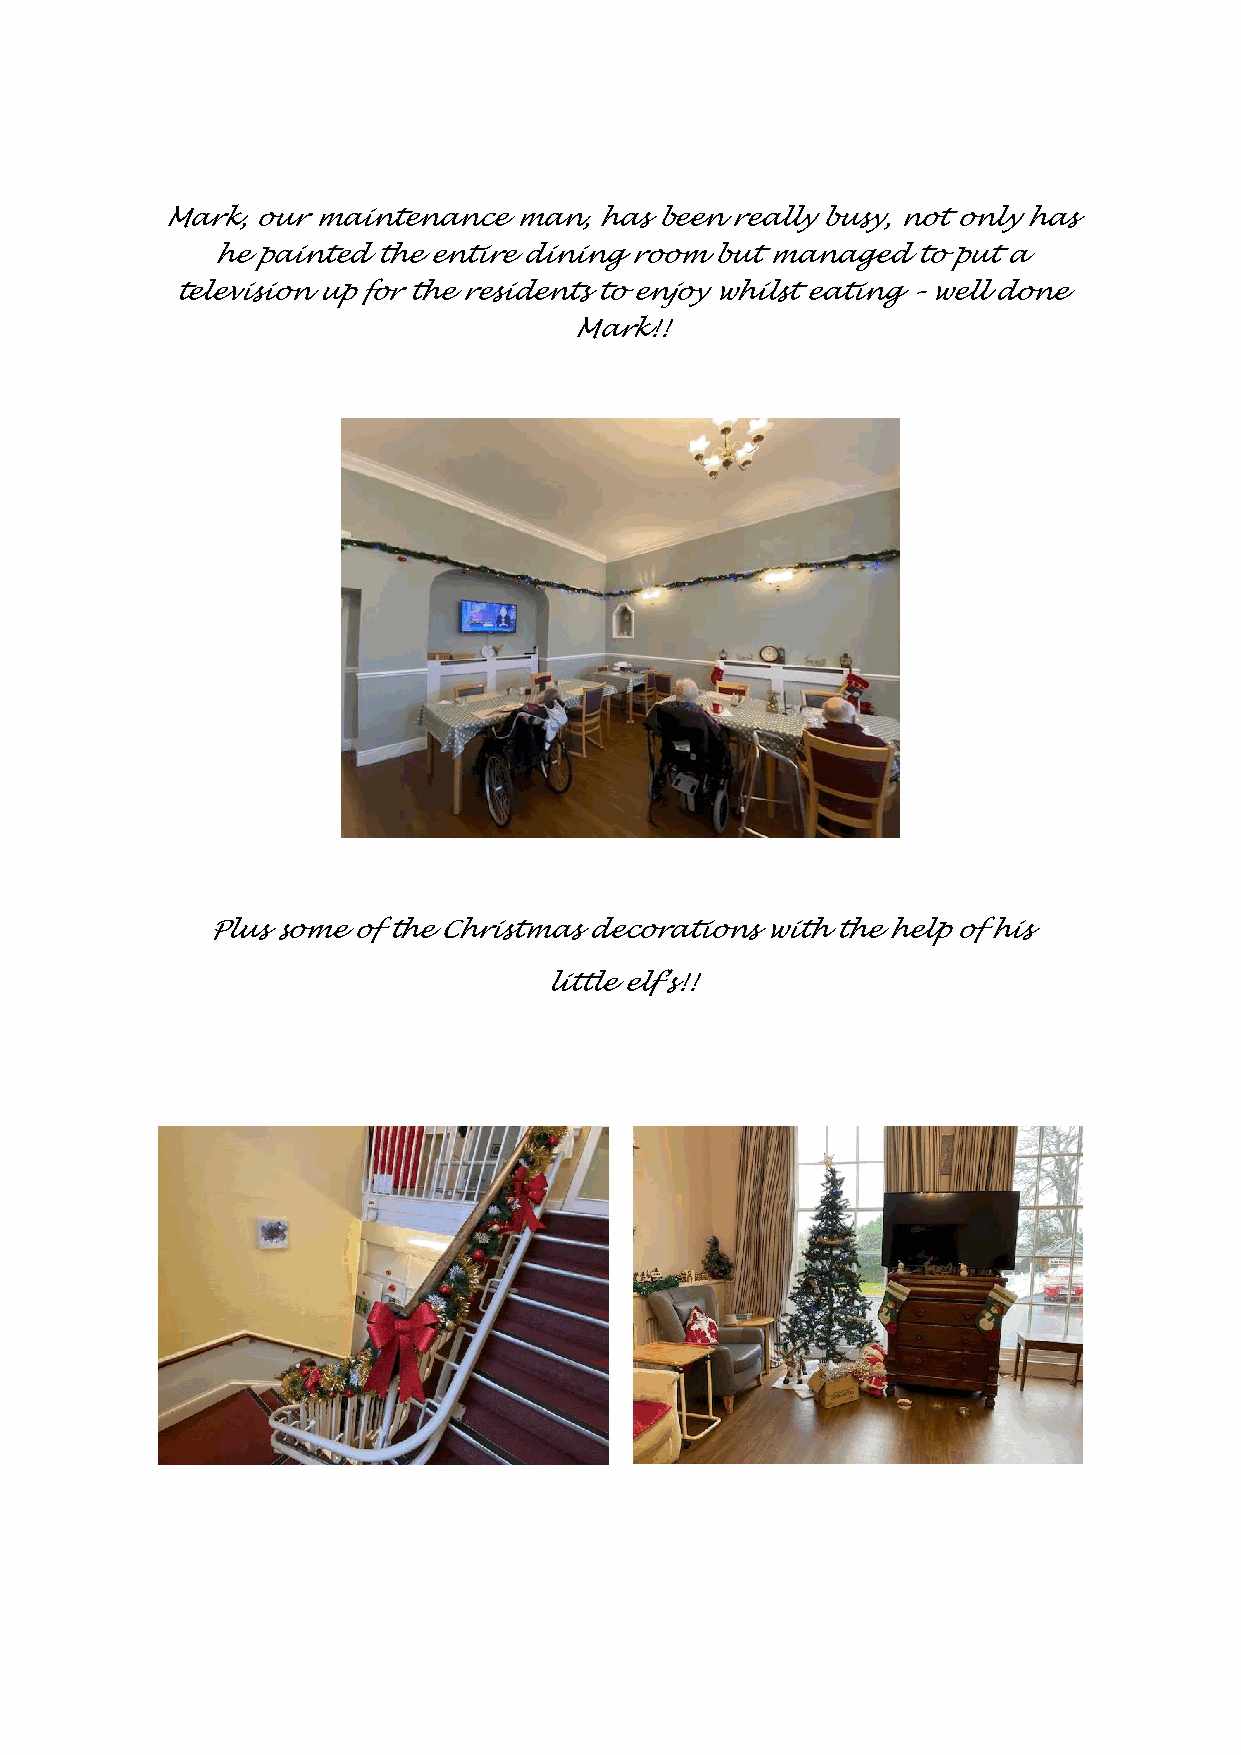
Mark, our maintenance  man, has been really busy, not only has
 he painted the entire dining room but managed to put a
 television up for the residents to enjoy whilst eating – well done
 Mark!!
 Plus some of the Christmas decorations with the help of his
 little elf’s!!